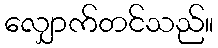
လျှောက်တင်သည်။